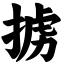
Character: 掳